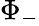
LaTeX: \Phi_{-}